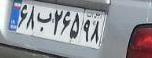
۶۸ب۲۶۵۹۸